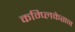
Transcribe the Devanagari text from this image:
कम्प्लिकेसन